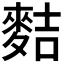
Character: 𪌧